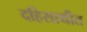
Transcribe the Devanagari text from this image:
दहिसाथीत